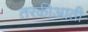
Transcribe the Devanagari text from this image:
तरकीआती